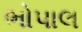
ભોપાલ